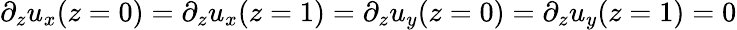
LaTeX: \partial_{z}u_{x}(z=0)=\partial_{z}u_{x}(z=1)=\partial_{z}u_{y}(z=0)=\partial_{z}u_{y}(z=1)=0